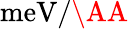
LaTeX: \mathrm{meV}/\AA